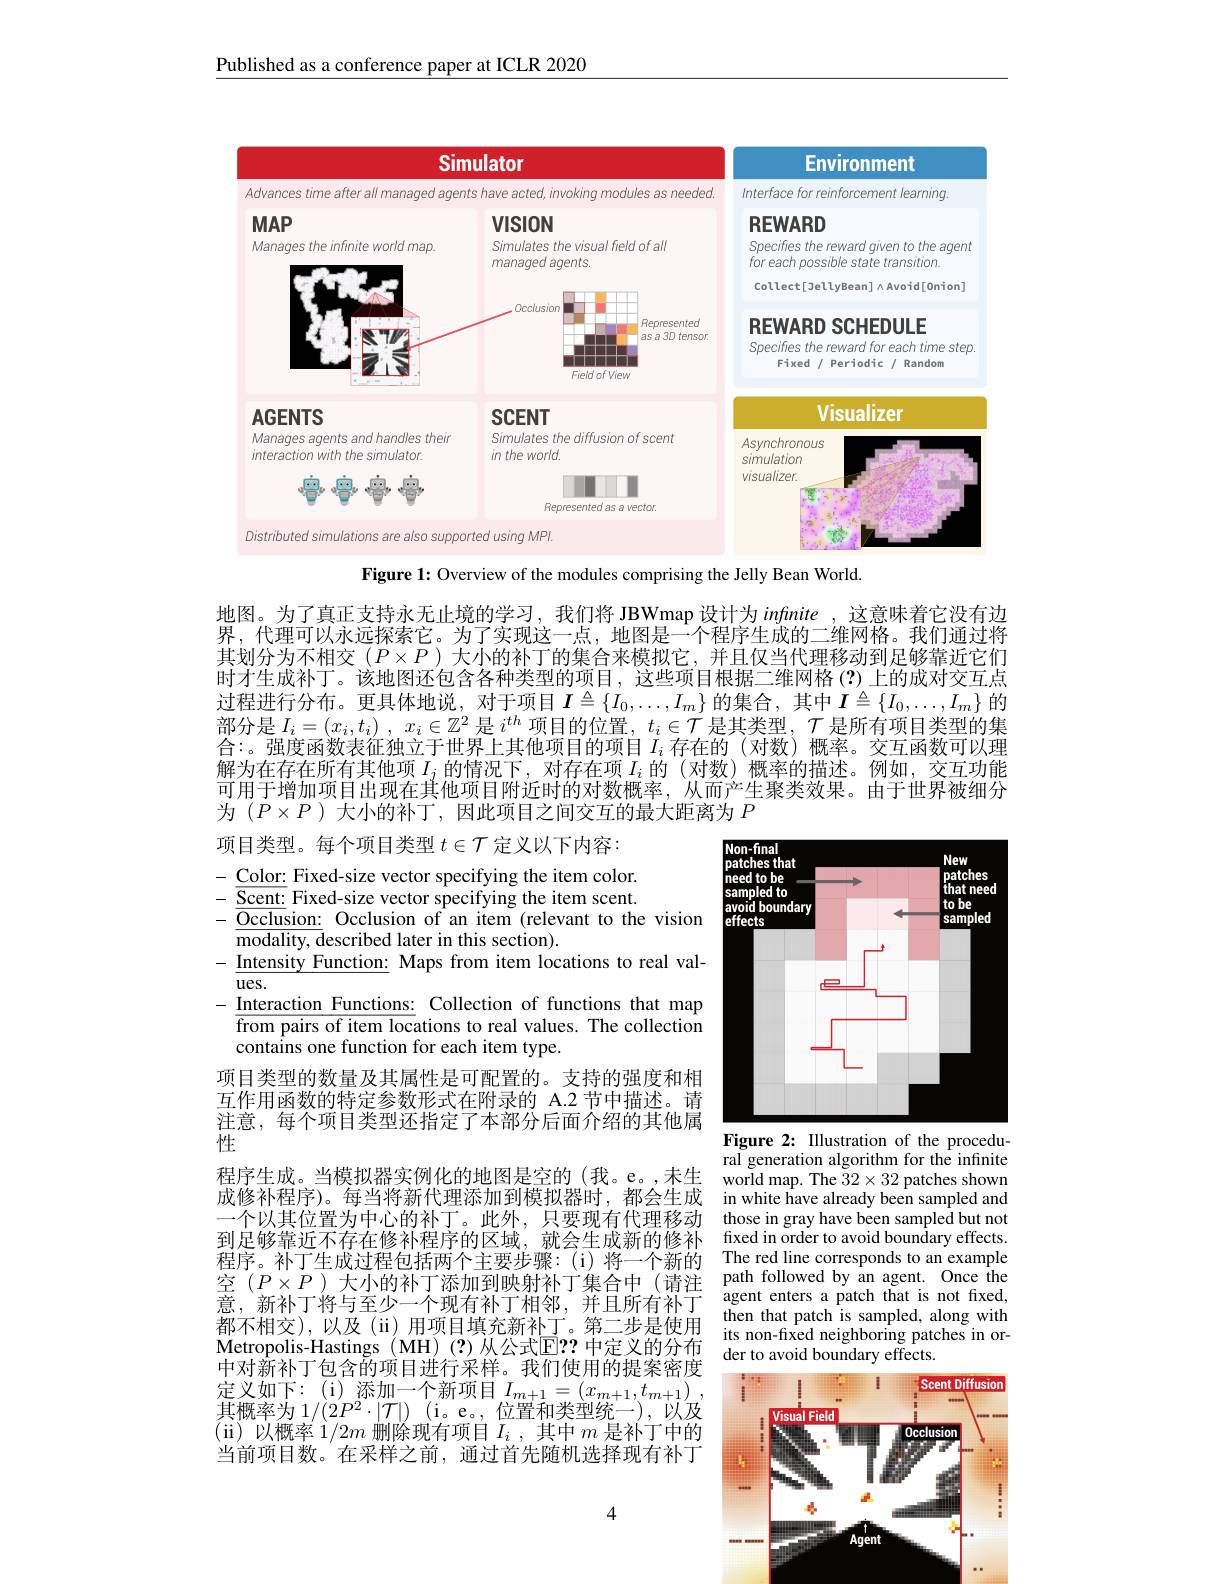
$\underline{\text{Published as a conference paper at ICLR 2020}}$

<FigureHere>

Figure 1: Overview of the modules comprising the Jelly Bean World.

地图。为了真正支持永无止境的学习，我们将 JBWmap 设计为infinite ,这意味着它没有边
网格。我们通讨将
界，代理可以永远探索它。为了实现这一点，地图是一个程序生成的
其划分为不相交$(P\times P)$大小的补丁的集合来模拟它，并且仅当代理移动到足够靠近它们时才生成补丁。该地图还包含各种类型的项目，这些项目根据二维网格(?)上的成对交互点过程进行分布。更具体地说，对于项目$I\triangleq\{I_0,\ldots,I_m\}$的集合，其中$I\triangleq\{I_0,\ldots,I_m\}$的部分是$I_i= ( x_i, t_i)$ , $x_i\in \mathbb{Z} ^2$是$i^th$项目的位置，$t_i\in\mathcal{T}$是其类型，$\mathcal{T}$是所有项目类型的集合：。强度函数表征独立于世界上其他项目的项目$I_i$存在的 (对数) 概率。交互函数可以理解为在存在所有其他项$I_j$的情况下，对存在项$I_i$的(对数)概率的描述。例如，交互功能可用于增加项目出现在其他项目附近时的对数概率，从而产生聚类效果。由于世界被细分为$(P\times P$ )大小的补丁，因此项目之间交互的最大距离为$P$

<FigureHere>
Figure 2: Illustration of the procedu-

项目类型。每个项目类型$t\in\mathcal{T}$定义以下内容：
$-\underline{\mathrm{Color:~Fixed-size~vector~specifying~the~item~color.}}$ $-{\overline{{\mathrm{Scent:}}}}$Fixed-size vector specifying the item scent. $- {\overline {{\mathrm{Occlusion: }}}}$ Occlusion of an item (relevant to the vision
${\overline{{\mathrm{modality,~described~later~in~this~section).}}}}$
$-\underline{\mathrm{Intensity~Function:~Maps~from~item~locations~to~real~val-~Intensity~Function:~~Maps~from~item~locations~to~real~val-~}}$
$ues.$
$\frac{\text{Interaction Functions:}}{c_{1}}$Collection of functions that map $\overline{\text{from pairs of item loc}}$ations to real values. The collection contains one function for each item type.
项目类型的数量及其属性是可配置的。支持的强度和相互作用函数的特定参数形式在附录的 A.2节中描述。请注意，每个项目类型还指定了本部分后面介绍的其他属性
程序生成。当模拟器实例化的地图是空的(我。e。,未生 world map. The $32\times32$ patches shown
成修补程序)。每当将新代理添加到模拟器时，都会生成
一个以其位置为中心的补丁。此外，只要现有代理移动 those in gray have been sampled but not
到足够靠近不存在修补程序的区域，就会生成新的修补
程 序 。补 丁 生 成 过 程 包 括 两 个 主 要 步 骤 : ( i) 将 一 个 新 的 The red line corresponds to an example 空 ( $P\times P)$ 大 小 的 补 丁 添 加 到 映 射 补 丁 集 合 中 ( 请 注 path followed by an agent. Once the 意 , 新 补 丁 将 与 至 少 一 个 现 有 补 丁 相 邻 , 并 且 所 有 补 丁 agent enters a patch that is not fixed, 意 , 新 补 丁 将 与 至 少 一 个 现 有 补 丁 相 邻 , 并 且 所 有 补 丁 agent enters 都不相交),以及(ii)用项目填充新补丁。第二步是使用 its non-fixed neighboring patches in orMetropolis-Hastings (MH)(?)从公式$\mathbb{E}?$ 中定义的分布 der to avoid boundary effects.
中对新补丁包含的项目进行采样。我们使用的提案密度定义如下：(i)添加一个新项目$I_m+1=(x_{m+1},t_{m+1})$, 其概率为$1/(2P^2\cdot|\mathcal{T}|)$ (i。e。, 位置和类型统一), 以及(ii)以概率$1/2m$删除现有项目$I_i$ ,其中$m$是补丁中的当前项目数。在采样之前，通过首先随机选择现有补丁

ral generation algorithm for the infinite in white have already been sampled and fixed in order to avoid boundary effects. then that patch is sampled, along with

<FigureHere>

4